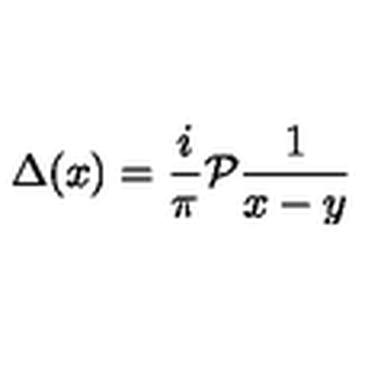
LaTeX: \Delta ( x ) = \frac { i } { \pi } { \cal P } \frac { 1 } { x - y }